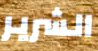
الشرير